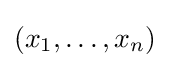
\left(x_{1},\ldots ,x_{n}\right)